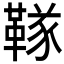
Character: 𬰧